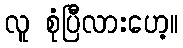
လူ စုံပြီလားဟေ့။